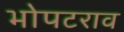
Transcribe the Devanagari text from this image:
भोपटराव